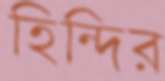
হিন্দির